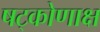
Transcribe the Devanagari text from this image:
षट्कोणाक्ष